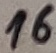
Text: 16